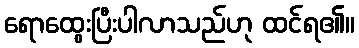
ရောထွေးပြီးပါလာသည်ဟု ထင်ရ၏။